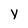
Character: y